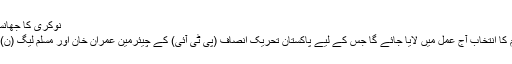
نوکری کا جھانسہ دے کر خاتون کو اجتماعی جنسی ...
اسلام آباد: ملک کے 22 ویں وزیراعظم کا انتخاب آج عمل میں لایا جائے گا جس کے لیے پاکستان تحریک انصاف (پی ٹی آئی) کے چیئرمین عمران خان اور مسلم لیگ (ن) کے صدر شہباز شریف میدان میں ہیں۔